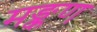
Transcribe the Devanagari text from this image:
मङ्कण